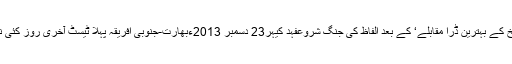
جنوبی افریقہ کے کپتان گریم اسمتھ نے کیپ ٹاؤن ٹیسٹ کے دوران ہی اعلان ’تاریخ کے بہترین ڈرا مقابلے‘ کے بعد الفاظ کی جنگ شروعفہد کیہر23 دسمبر 2013ءبھارت-جنوبی افریقہ پہلا ٹیسٹ آخری روز کئی نشیب و فراز لیتا ہوا حیران کن طور پر بغیر کسی نتیجے تک پہنچے اختتام پذیر ہوا۔